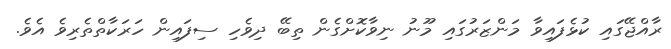
ރާއްޖޭގައި ކުޅެފައިވާ މަންޒަރުގައި މޫނު ނިވާކޮށްގެން ތިބޭ ދިވެހި ސިފައިން ހަރަކާތްތެރިވެ އެވެ.